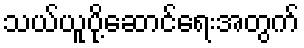
သယ်ယူပို့ဆောင်ရေးအတွက်